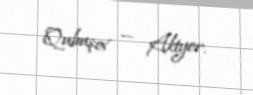
Qubuşov — Aktyor.